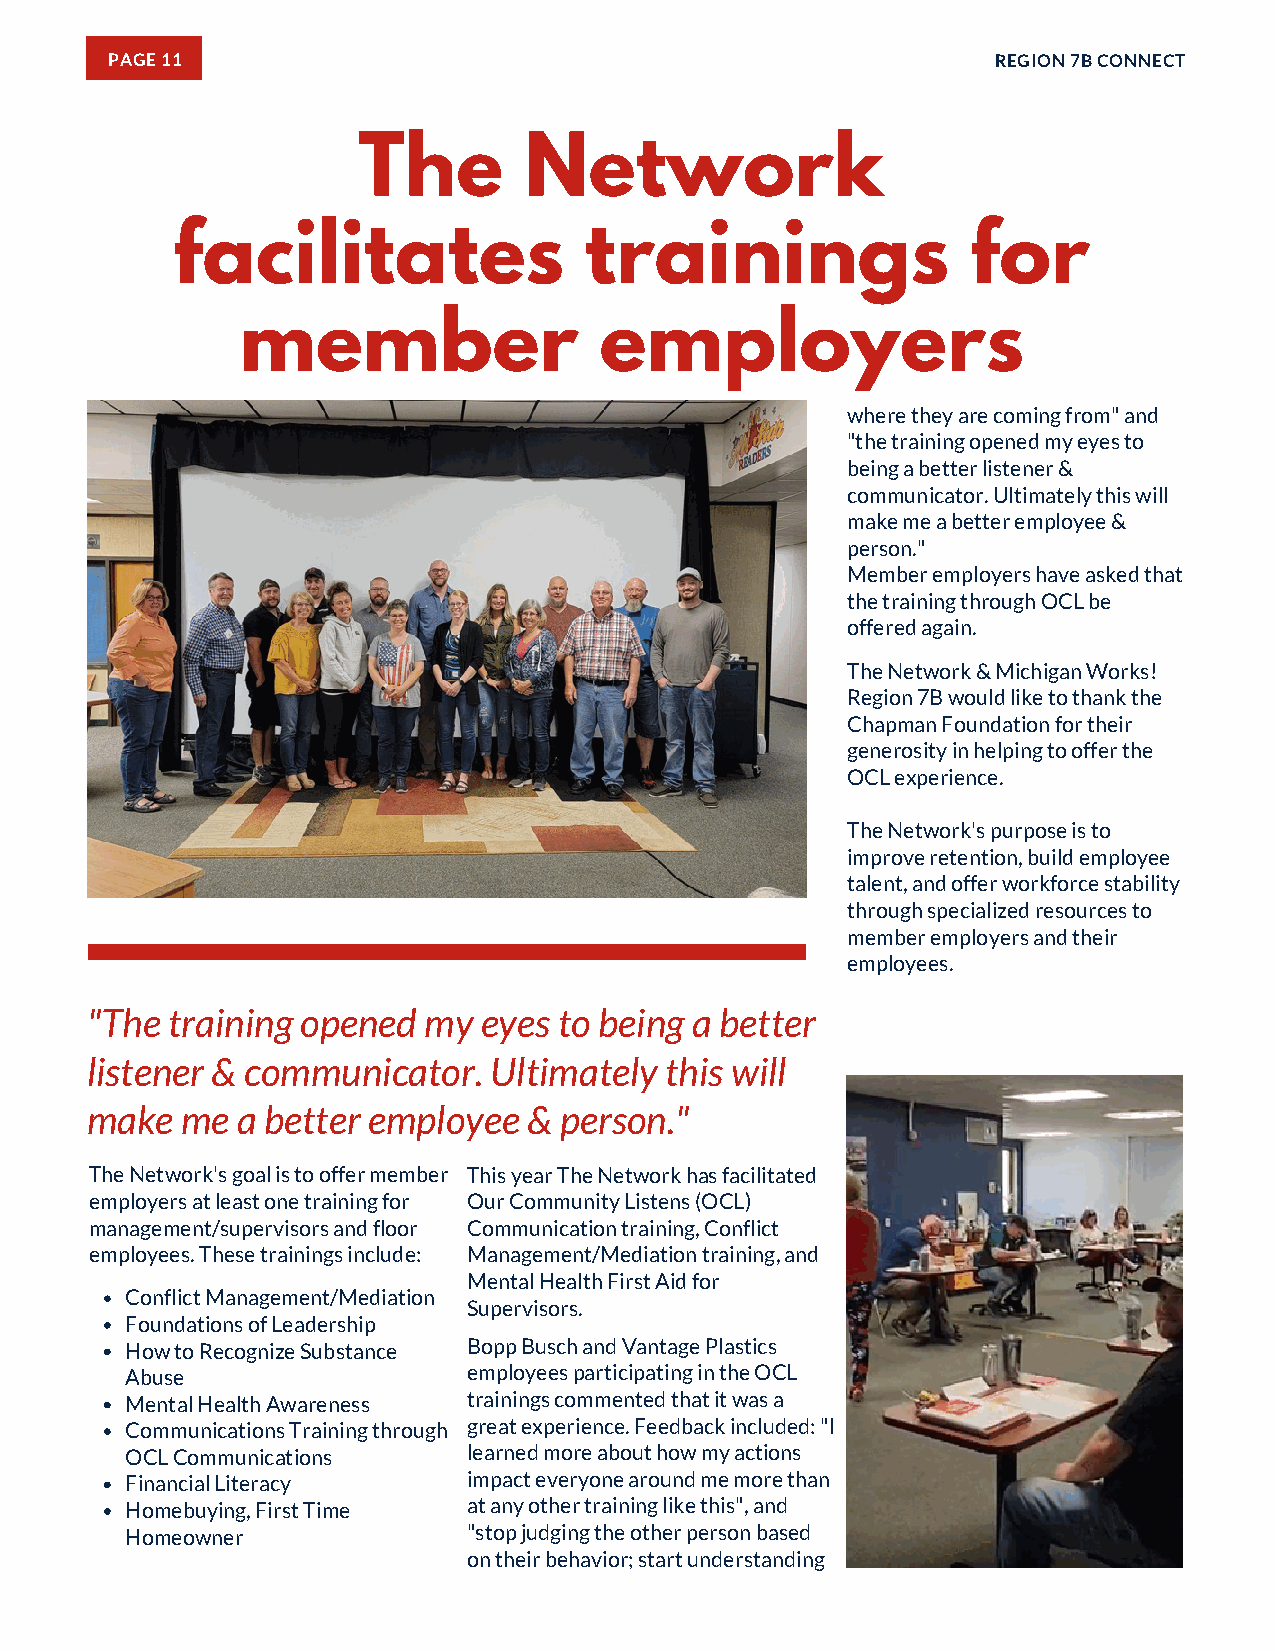
PAGE 11                                                    REGION 7B CONNECT
 The        Network
 facilitates                 trainings                for
 member                  employers
 where they are coming from" and
 "the training opened my eyes to
 being a better listener &
 communicator. Ultimately this will
 make me a better employee &
 person."
 Member employers have asked that
 the training through OCL be
 offered again.
 The Network & Michigan Works!
 Region 7B would like to thank the
 Chapman Foundation for their
 generosity in helping to offer the
 OCL experience.
 The Network's purpose is to
 improve retention, build employee
 talent, and offer workforce stability
 through specialized resources to
 member employers and their
 employees.
 "The training opened  my  eyes to being a better
 listener & communicator.  Ultimately  this will
 make  me  a better employee  & person."
 The Network's goal is to offer member This year The Network has facilitated
 employers at least one training for Our Community Listens (OCL)
 management/supervisors and floor Communication training, Conflict
 employees. These trainings include: Management/Mediation training, and
 Mental Health First Aid for
 Conflict Management/Mediation
 Supervisors.
 Foundations of Leadership
 How to Recognize Substance Bopp Busch and Vantage Plastics
 Abuse                  employees participating in the OCL
 Mental Health Awareness trainings commented that it was a
 Communications Training through great experience. Feedback included: "I
 OCL Communications     learned more about how my actions
 Financial Literacy     impact everyone around me more than
 Homebuying, First Time at any other training like this", and
 Homeowner              "stop judging the other person based
 on their behavior; start understanding